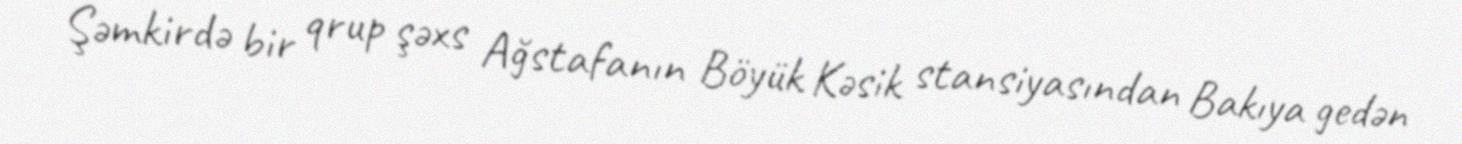
Şəmkirdə bir qrup şəxs Ağstafanın Böyük Kəsik stansiyasından Bakıya gedən